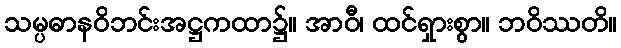
သမ္ပဓာနဝိဘင်းအဋ္ဌကထာ၌။ အာဝီ၊ ထင်ရှားစွာ။ ဘဝိဿတိ။